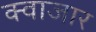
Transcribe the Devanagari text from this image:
क्वाजार